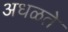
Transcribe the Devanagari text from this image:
अधळते